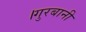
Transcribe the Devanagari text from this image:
।गुरबानी